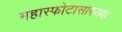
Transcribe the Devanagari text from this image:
महास्फोटासारख्या